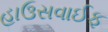
હાઉસવાઈફ